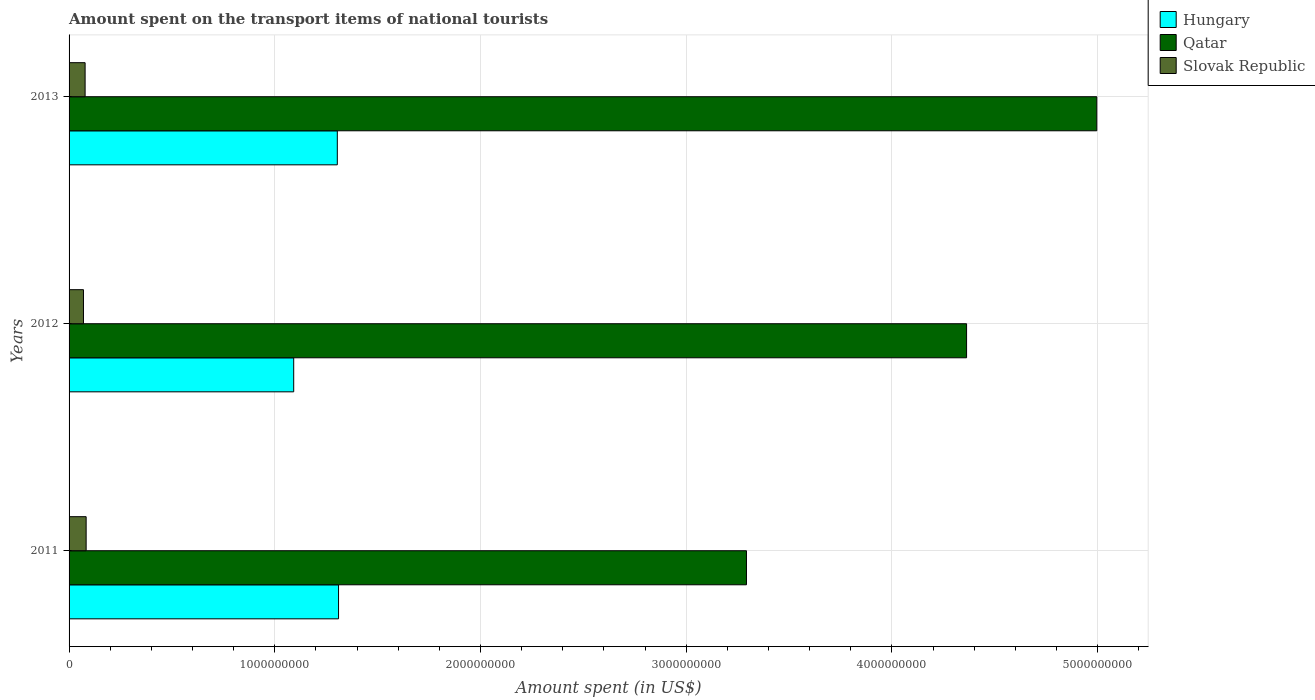
| Years | Hungary | Qatar | Slovak Republic |
 | --- | --- | --- | --- |
 | 2011 | 1.31e+09 | 3.29e+09 | 8.3e+07 |
 | 2012 | 1.09e+09 | 4.36e+09 | 7e+07 |
 | 2013 | 1.3e+09 | 5e+09 | 7.8e+07 |